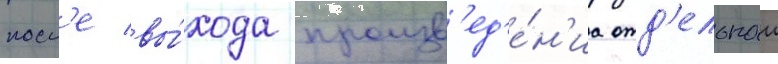
посл'е вы́хода произв'ед'е́н'иа отд'ельнои